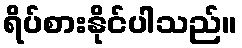
ရိပ်စားနိုင်ပါသည်။